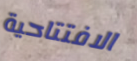
الافتتاحية